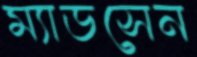
ম্যাডসেন